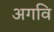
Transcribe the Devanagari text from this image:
अगवि